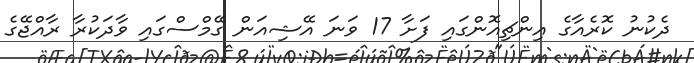
ދެކުނު ކޮރެއާގެ އިންޗިއޮންގައި ފަށާ 17 ވަނަ އޭޝިއަން ގޭމްސްގައި ވާދަކުރާ ރާއްޖޭގެ